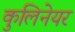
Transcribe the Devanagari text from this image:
कुलिनेयर